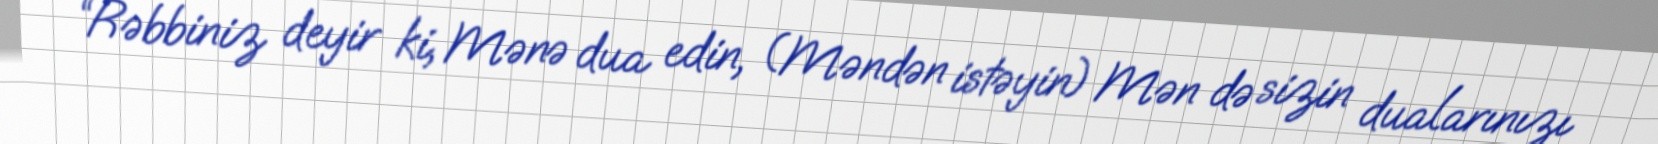
“Rəbbiniz deyir ki, Mənə dua edin, (Məndən istəyin) Mən də sizin dualarınızı